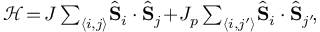
\begin{array} { r } { \mathcal { H } \! { } = \! { } J \sum _ { \langle i , j \rangle } \! { } \hat { \mathbf { S } } _ { i } \cdot \hat { \mathbf { S } } _ { j } \! { } + \! { } J _ { p } \sum _ { \langle i , j ^ { \prime } \rangle } \! { } \hat { \mathbf { S } } _ { i } \cdot \hat { \mathbf { S } } _ { j ^ { \prime } } \! { } , } \end{array}